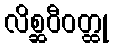
လိစ္ဆဝီဝတ္ထု